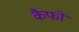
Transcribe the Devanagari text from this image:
कैफों